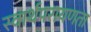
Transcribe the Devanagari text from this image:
स्वार्थपरायणता